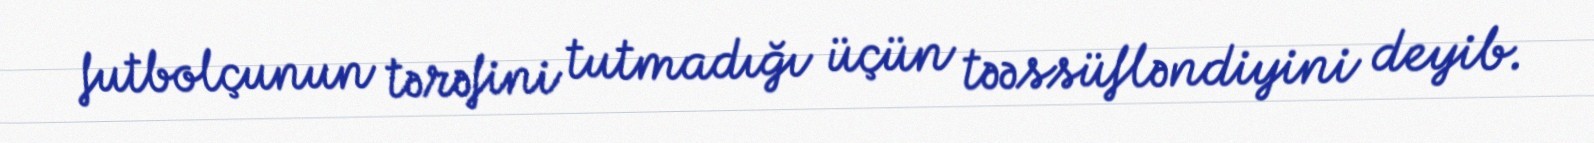
futbolçunun tərəfini tutmadığı üçün təəssüfləndiyini deyib.